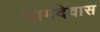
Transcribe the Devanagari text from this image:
नामदेवास